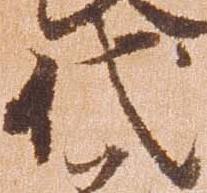
代